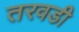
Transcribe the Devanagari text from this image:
तरवडी